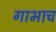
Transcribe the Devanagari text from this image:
गाभाच